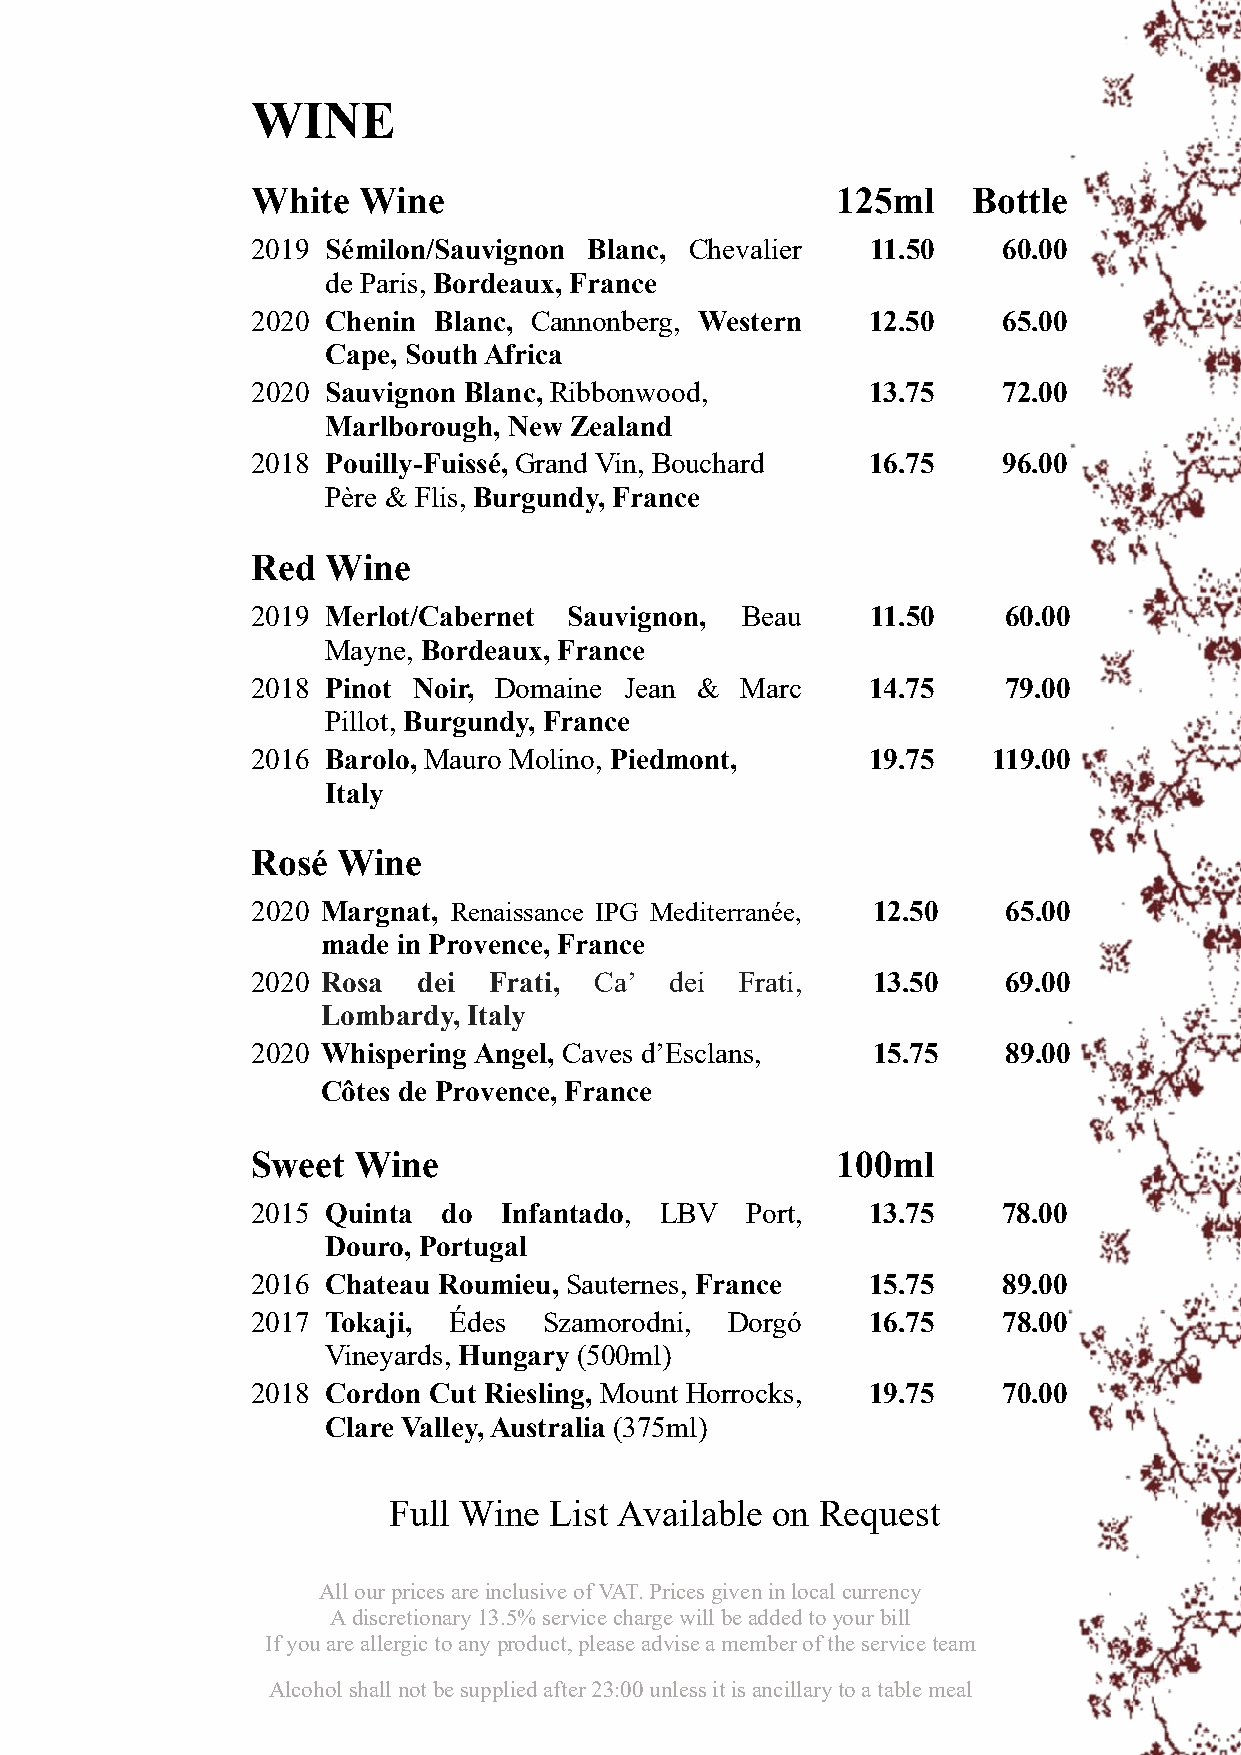
WINE
 White  Wine                           125ml    Bottle
 2019 Sémilon/Sauvignon Blanc, Chevalier  11.50   60.00
 de Paris, Bordeaux, France
 2020 Chenin Blanc, Cannonberg, Western  12.50    65.00
 Cape, South Africa
 2020 Sauvignon Blanc, Ribbonwood,       13.75    72.00
 Marlborough, New Zealand
 2018 Pouilly-Fuissé, Grand Vin, Bouchard 16.75   96.00
 Père & Flis, Burgundy, France
 Red  Wine
 2019 Merlot/Cabernet Sauvignon, Beau     11.50   60.00
 Mayne, Bordeaux, France
 2018 Pinot Noir, Domaine Jean & Marc    14.75    79.00
 Pillot, Burgundy, France
 2016 Barolo, Mauro Molino, Piedmont,    19.75    119.00
 Italy
 Rosé Wine
 2020 Margnat, Renaissance IPG Mediterranée, 12.50 65.00
 made in Provence, France
 2020 Rosa  dei Frati, Ca’  dei  Frati,   13.50    69.00
 Lombardy, Italy
 2020 Whispering Angel, Caves d’Esclans,  15.75    89.00
 Côtes de Provence, France
 Sweet Wine                            100ml
 2015 Quinta do  Infantado, LBV  Port,   13.75    78.00
 Douro, Portugal
 2016 Chateau Roumieu, Sauternes, France 15.75    89.00
 2017 Tokaji, Édes  Szamorodni, Dorgó    16.75    78.00
 Vineyards, Hungary (500ml)
 2018 Cordon Cut Riesling, Mount Horrocks, 19.75  70.00
 Clare Valley, Australia (375ml)
 Full Wine List Available on Request
 All our prices are inclusive of VAT. Prices given in local currency
 A discretionary 13.5% service charge will be added to your bill
 If you are allergic to any product, please advise a member of the service team
 Alcohol shall not be supplied after 23:00 unless it is ancillary to a table meal